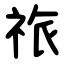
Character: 祣